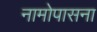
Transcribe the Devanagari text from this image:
नामोपासना